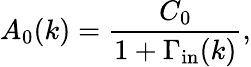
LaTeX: A_{0}(k)=\frac{C_{0}}{1+\Gamma_{\mathrm{in}}(k)},